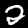
Digit: 2